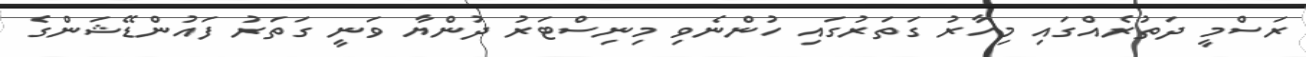
ރަސްމީ ދަތުރެއްގައި މިހާރު ގަތަރުގައި ހުންނެވި މިނިސްޓަރު ދުންޔާ ވަނީ ގަތަރު ފައުންޑޭޝަންގެ